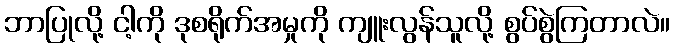
ဘာပြုလို့ ငါ့ကို ဒုစရိုက်အမှုကို ကျူးလွန်သူလို့ စွပ်စွဲကြတာလဲ။